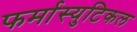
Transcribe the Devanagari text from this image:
फर्मास्युटिकल